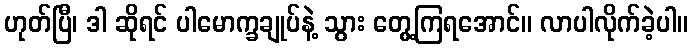
ဟုတ်ပြီ၊ ဒါ ဆိုရင် ပါမောက္ခချုပ်နဲ့ သွား တွေ့ကြရအောင်။ လာပါလိုက်ခဲ့ပါ။